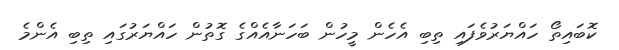
ކޮބައިތޯ ހައްޔަރުވެފައި ތިބި އެހެން މީހުން ބަހަނާއެއްގެ ގޮތުން ހައްޔަރުގައި ތިބި އެންމެ